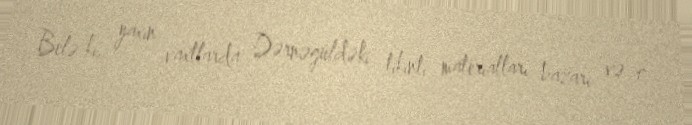
Belə ki, yaxın vaxtlarda Dərnəgüldəki tikinti materialları bazarı və o